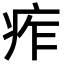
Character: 痄